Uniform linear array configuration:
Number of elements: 64
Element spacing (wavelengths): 0.5
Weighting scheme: hann
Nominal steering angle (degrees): -60
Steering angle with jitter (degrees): -58.674
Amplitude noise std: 0.05
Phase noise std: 0.05

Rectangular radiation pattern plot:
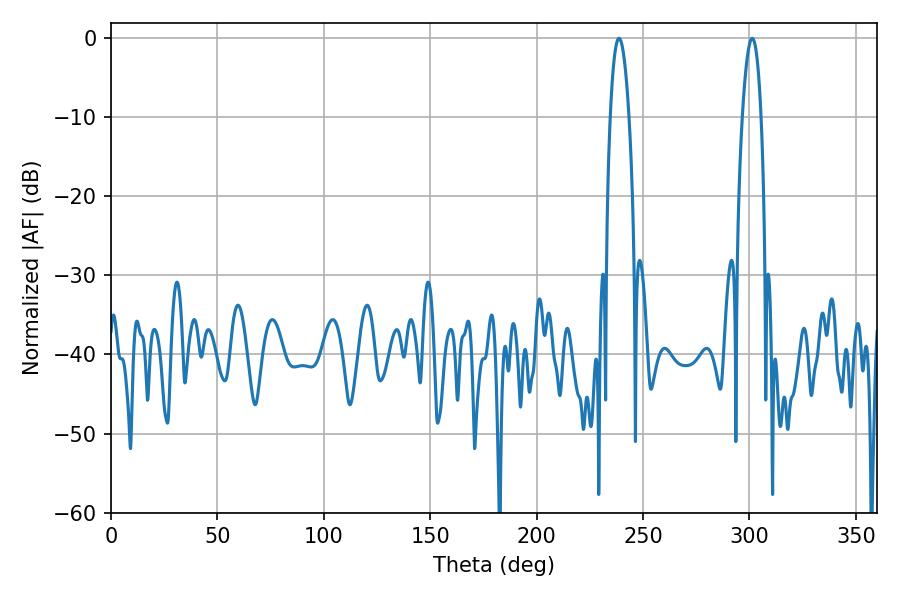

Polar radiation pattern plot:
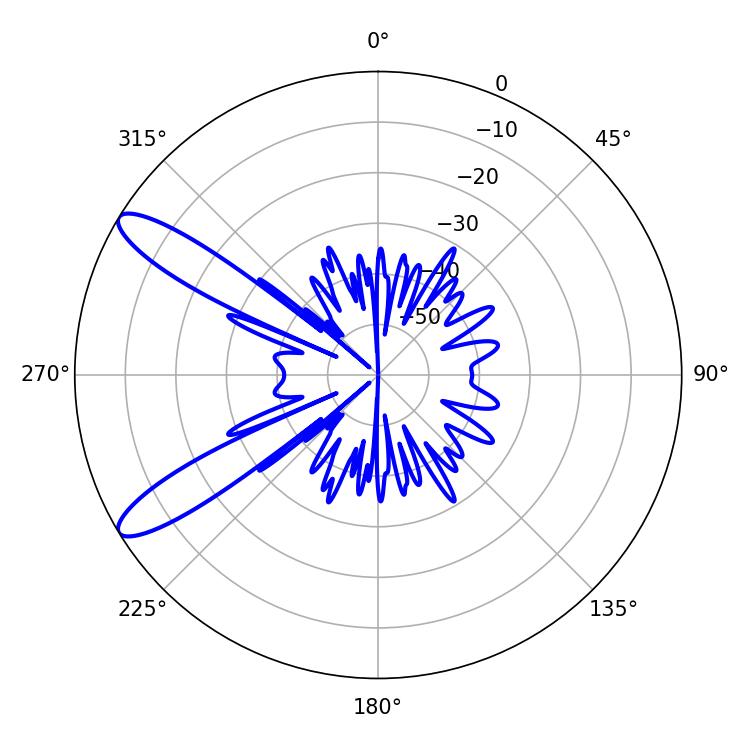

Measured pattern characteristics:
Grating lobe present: FALSE
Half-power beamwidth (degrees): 4.86
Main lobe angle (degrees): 238.68